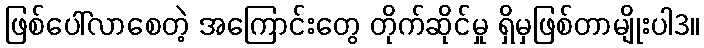
ဖြစ်ပေါ်လာစေတဲ့ အကြောင်းတွေ တိုက်ဆိုင်မှု ရှိမှဖြစ်တာမျိုးပါ3။